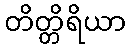
တိတ္တိရိယာ